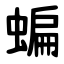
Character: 蝙